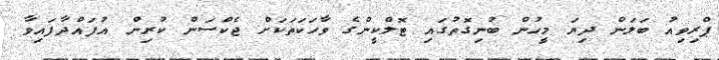
ޕްރިވިއު ބަލަން ދިޔަ މީހުން ބުނިގޮތުގައި ޓޮލްކީންގެ ވާހަކަތަކަށް ޖެކްސަން ކުރިން އުފައްދާފައިވާ